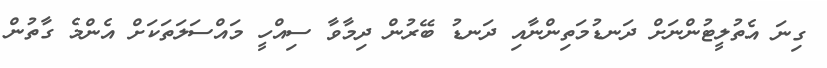
ގިނަ އެތުލީޓުންނަށް ދަނޑުމަތިންނާއި ދަނޑު ބޭރުން ދިމާވާ ސިއްހީ މައްސަލަތަކަށް އެންމެ ގާތުން